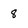
Character: 8